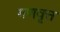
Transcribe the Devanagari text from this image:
गणवृत्त